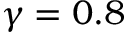
\gamma = 0 . 8